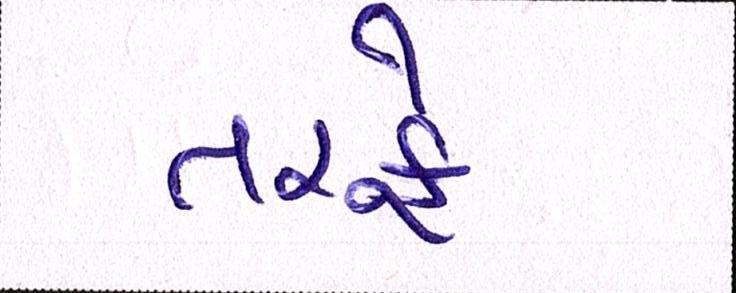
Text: તરફે